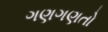
ગણગણતો